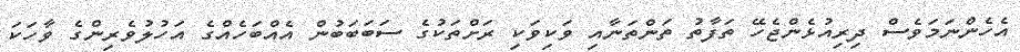
އެހެންނަމަވެސް ދިރިއުޅެންޖެހޭ ތަފާތު ތަންތަނާއި ވަކިވަކި ރަށްތަކުގެ ސަބަބަބުން އެއްބަހެއްގެ އަހުލުވެރިންގެ ވާހަކަ